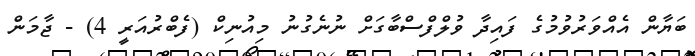
ބަޔާން އެއްވަރުވުމުގެ ފައިދާ ވުލްފްސްބާގަށް ނުނެގުނު މިއުނިކް (ފެބްރުއަރީ 4) - ޖާމަން